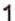
1